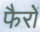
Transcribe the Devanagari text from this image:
फैरों